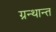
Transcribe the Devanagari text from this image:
ग्रन्थान्त